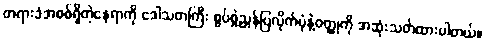
တရားခံအစစ်ရှိတဲ့နေရာကို ဒေါသတကြီး စွပ်စွဲညွှန်ပြလိုက်ပုံနဲ့ဝတ္ထုကို အဆုံးသတ်ထားပါတယ်။